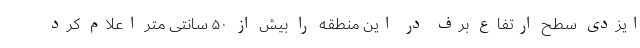
ایزدی سطح ارتفاع برف در این منطقه را بیش از ۵۰ سانتی متر اعلام کرد